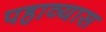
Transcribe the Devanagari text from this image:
पहाव्यास